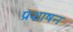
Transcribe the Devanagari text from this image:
प्रशाषन